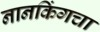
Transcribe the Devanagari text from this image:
नानकिंगचा